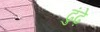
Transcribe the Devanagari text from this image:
ढुंढ़े